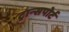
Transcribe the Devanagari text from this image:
ट्रान्‍सपोर्ट